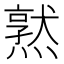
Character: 𪹱